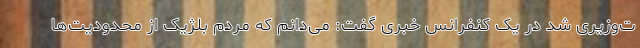
ت‌وزیری شد در یک کنفرانس خبری گفت: می‌دانم که مردم بلژیک از محدودیت‌ها